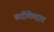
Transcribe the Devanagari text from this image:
बदीकेदार